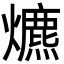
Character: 爊